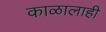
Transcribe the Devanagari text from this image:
काळालाही